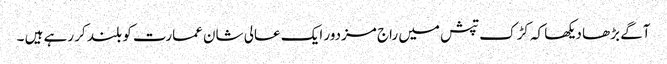
آگے بڑھا دیکھا کہ کڑک تپش میں راج مزدور ایک عالی شان عمارت کو بلند کر رہے ہیں ۔